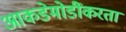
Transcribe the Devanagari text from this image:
आकडेमोडींकरता